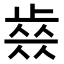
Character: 𣦊